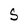
Character: S